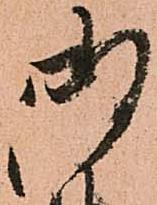
御